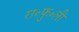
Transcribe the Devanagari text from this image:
रा॰फु॰ली